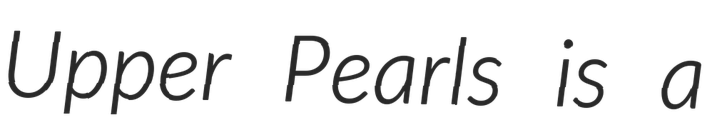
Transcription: Upper Pearls is a